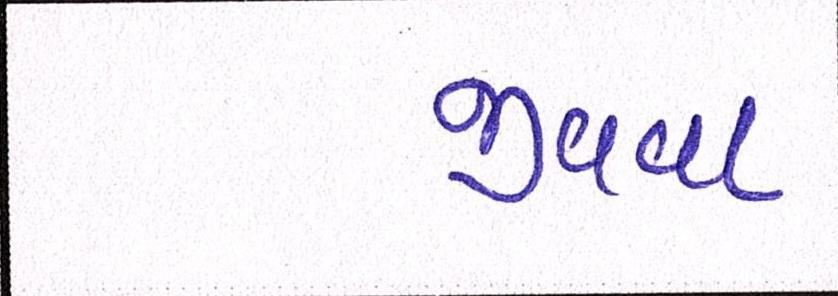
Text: જીવવા